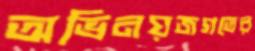
অভিনয়জগতের